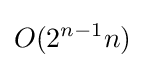
O(2^{n-1}n)